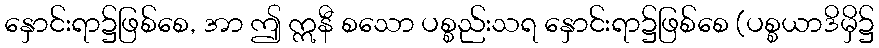
နှောင်းရာ၌ဖြစ်စေ, အာ ဤ ဣနီ စသော ပစ္စည်းသရ နှောင်းရာ၌ဖြစ်စေ (ပစ္စယာဒိမှိ၌